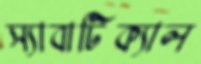
স্যাবাটিক্যাল